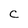
Character: C